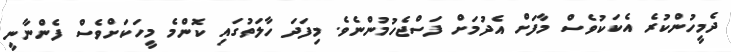
ދެމީހުންކުރެ އެކަކުވެސް މާފަށް އެދުމަށް ފަސްޖެހުމުންނެވެ. މިފަދަ ހާލަތުގައި ކޮންމެ މީހަކަށްވެސް ފެންނާނީ